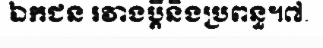
ឯកជន រវាងប្តីនិងប្រពន្ធ។៧.